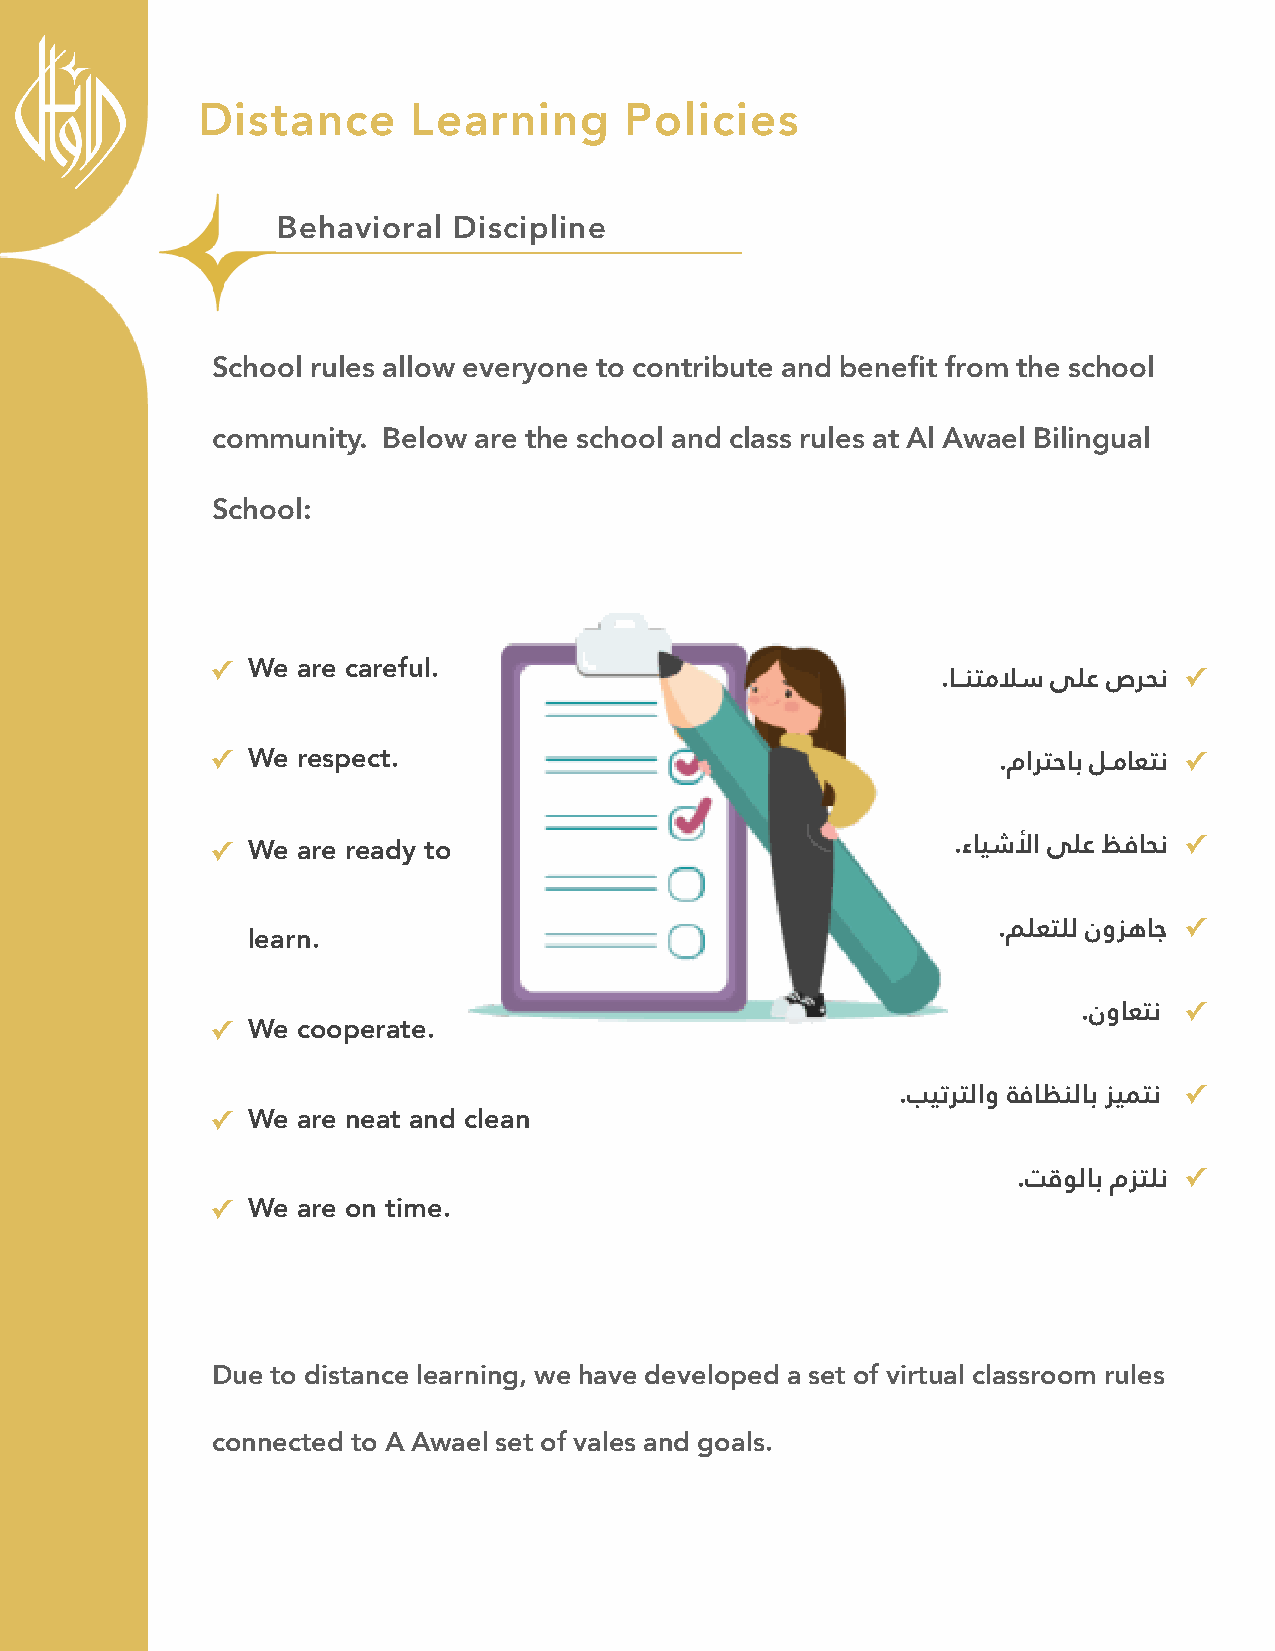
Distance      Learning      Policies
 Behavioral  Discipline
 School rules allow everyone to contribute and benefit from the school
 community. Below are the school and class rules at Al Awael Bilingual
 School:
 ✓ We  are careful.                                              ✓
 .ﺎــﻨﺘﻣﻼﺳ ﻰﻠﻋ صﺮﺤﻧ
 ✓ We  respect.                                                  ✓
 .ماﺮﺘﺣﺎﺑ ﻞـﻣﺎﻌﺘﻧ
 ✓
 ✓ We  are ready to                               .ءﺎﻴﺷﻷا ﻰﻠﻋ ﻆﻓﺎﺤﻧ
 ✓
 learn.                                            .ﻢﻠﻌﺘﻠﻟ نوﺰﻫﺎﺟ
 ✓
 .نوﺎﻌﺘﻧ
 ✓ We  cooperate.
 ✓
 .ﺐﻴﺗﺮﺘﻟاو ﺔﻓﺎﻈﻨﻟﺎﺑ ﺰﻴﻤﺘﻧ
 ✓ We  are neat and clean
 ✓
 .ﺖﻗﻮﻟﺎﺑ مﺰﺘﻠﻧ
 ✓ We  are on time.
 Due to distance learning, we have developed a set of virtual classroom rules
 connected to A Awael set of vales and goals.